Annual report on the working of the lock hospitals in the Central Provinces
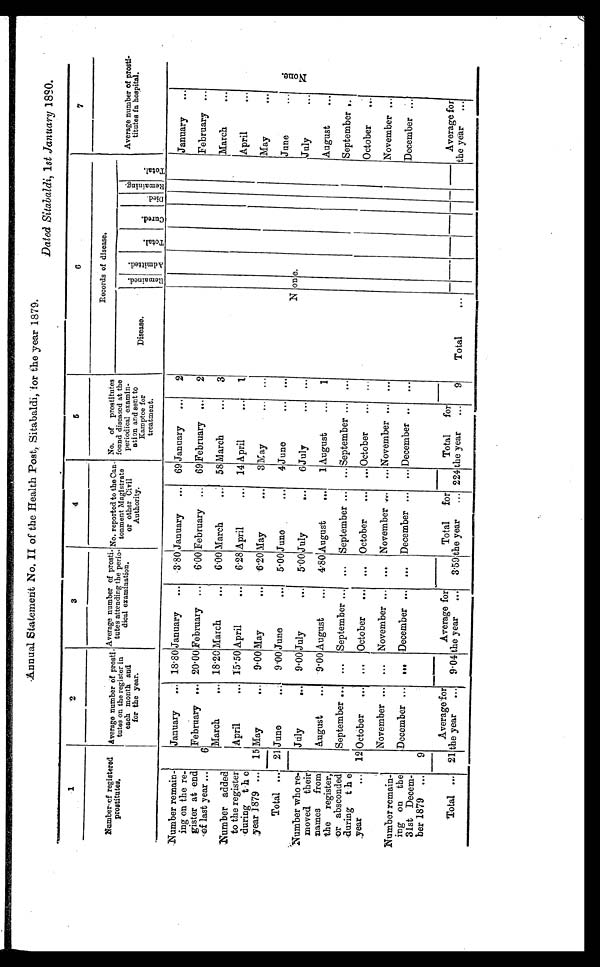
Annual Statement No. II of the Health Post, Sitabaldi, for the year 1879.
Dated Sitabaldi, 1st January 1880.
1
2
3
4
6
6
7
Number of registered
p r o s t i t u t e s .
Average number of prosti.
tutes on the register in
each month and
for the year.
Average number of prosti
tutes attending the perio-
dical examination.
No. reported to the Can-
tonment Magistrate
or other Civil
Authority.
No. of prostitutes
found diseased at the
periodical examin-
ation and sent to
Kamptee for
treatment.
Records of disease.
Average number of prost
i-
titutes in hospital.
Disease.
R e m a i n e d . A d m i t t e d .
T o t a l . Curred. Di ed. Re ma i ni ng. T o t a l .
Number remain-
ing on the re-
gister at end
of last year ...
January ... 18.80 January ... 3.80 January ... 69 January ...
2
None.
January ...
N o n e .
6
February ... 20.00 February ... 6.00 February ... 69 February ...
2
February ...
March
... 18.20 March
... 6.00 March
... 58 March
...
3
March
...
Number added
to the register
during the
year 1879 ...
April ... 15.50 April
... 6.28 April
... 14 April
...
1
April
...
15 May
... 9.00 May
... 6.20 May
...
3 May ...
...
May
...
Total ... 21 June
... 9.00 June
... 5.00 June
...
4 June...
...
Jane
...
Number who re-
moved their
names from
the register,
or absconded
during the
,year
...
July...
9.00 July
... 5.00 July
...
6 July
... ...
July
...
August
... 9.00 August
... 4.80 August
...
1 August
...
1
August
...
September ...
. . . September ... ... September ... ... September ... ...
September ..
12 October ... ... October ... ... October
... ... October
... ...
October
...
November ... ... November ... ... November ... ... November ... ...
November ...
Number remain-
ing on the
31st Decem-
ber 1879 ...
December ...
. . . December ... ... December ... ... December .. ...
December ...
9
Total ... 21
Average for
the year ... 9.04
Average for
the year ... 3.59
Total for
the year ... 224
Total for
the year ...
9
Total
...
Average for
the year ...